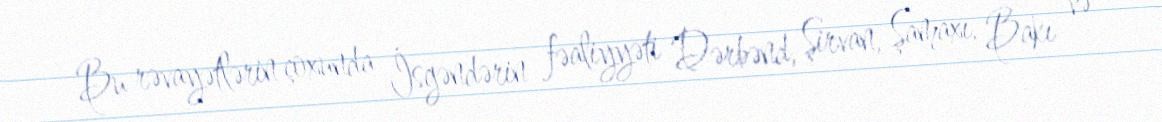
Bu rəvayətlərin çoxunda İsgəndərin fəaliyyəti Dərbənd, Şirvan, Şamaxı, Bakı və